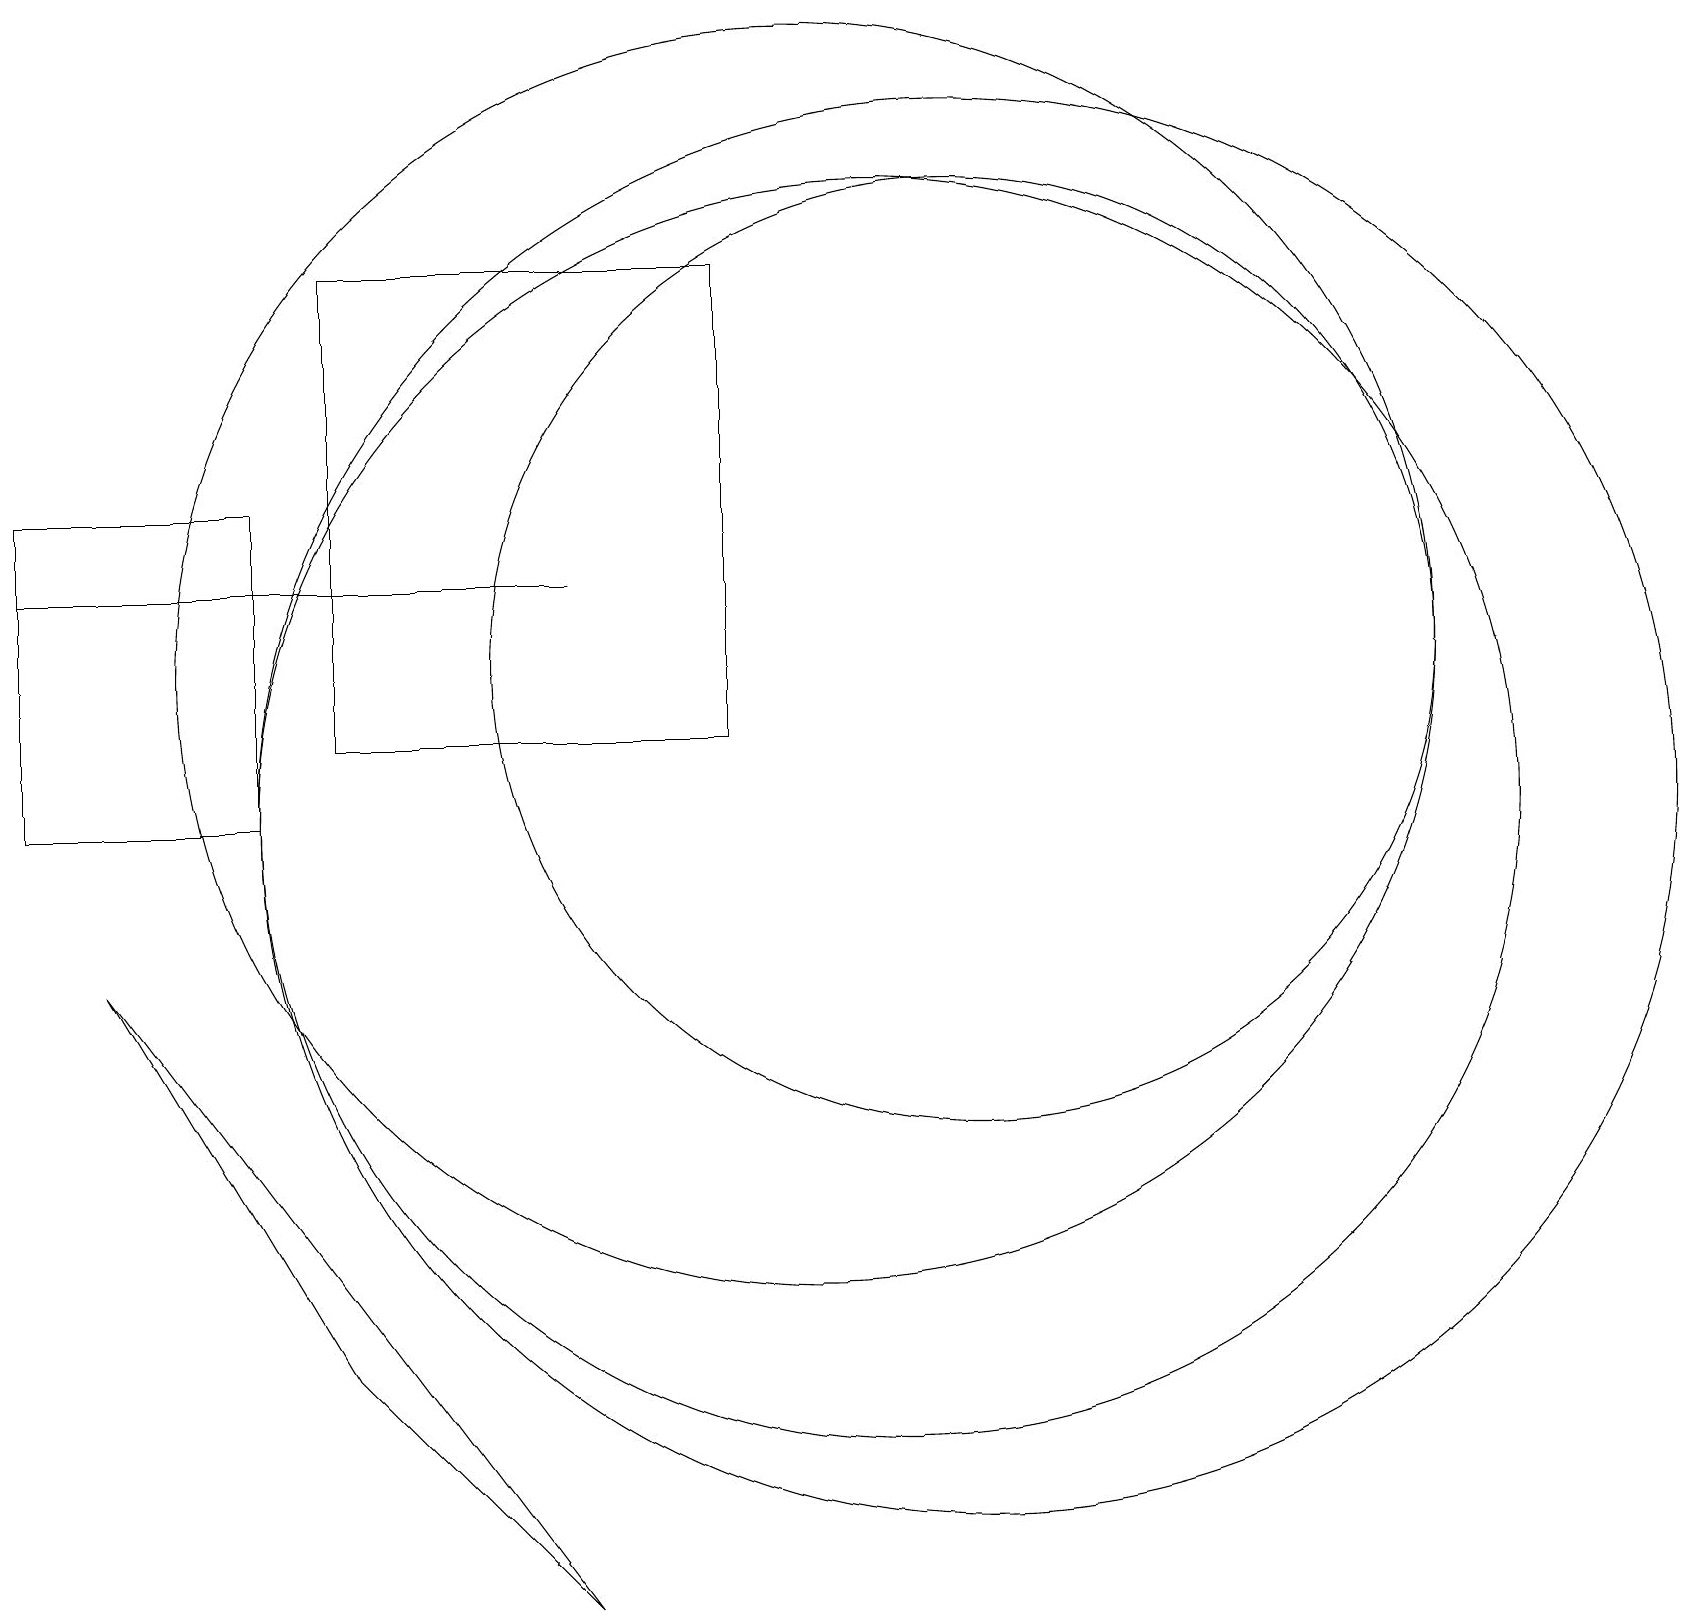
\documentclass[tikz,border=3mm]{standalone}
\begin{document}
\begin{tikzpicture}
\draw (3,10) rectangle (0,14);
\draw (11,10) circle (8);
\draw (4,17) rectangle (9,11);
\draw (10,12) circle (8);
\draw (0,13) rectangle (7,13);
\draw (12,12) circle (6);
\draw (7,0) -- (4,3) -- (1,8) -- cycle;
\draw (12,10) circle (9);
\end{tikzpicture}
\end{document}